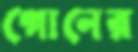
গোনের